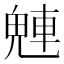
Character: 𬵀